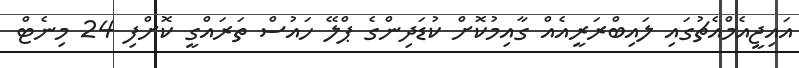
އައިޖީއެމްއެޗުގައި ލައިބްރަރީއެއް ގާއިމުކޮށް ކުޑަދިންގެ ޕްލޭ ހައުސް ތަރައްގީ ކޮށްފި 24 މިނެޓް